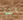
انا